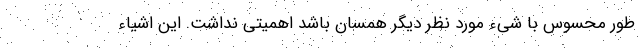
طور محسوس با شیء مورد نظر دیگر همسان باشد اهمیتی نداشت. این اشیاء